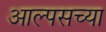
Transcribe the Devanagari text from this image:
आल्पसच्या